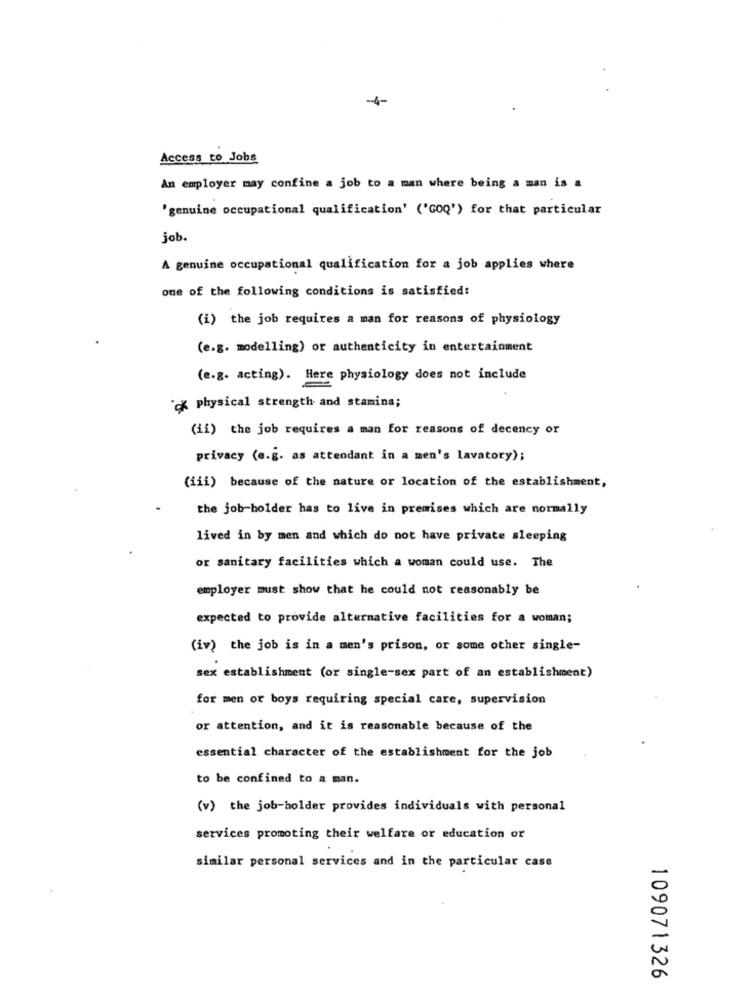
-4-
Access to Jobs
An employer may confine a job to a man where being a man is a
'genuine occupational qualification' ('GOQ') for that particular
job.
A genuine occupational qualification for a job applies where
one of the following conditions is satisfied:
(i) the job requires a man for reasons of physiology
(e.g. modelling) or authenticity in entertainment
(e.g. acting). Here physiology does not include
cx physical strength and stamina;
(ii) the job requires a man for reasons of decency or
privacy (e.g. as attendant in a men's lavatory);
(iii) because of the nature or location of the establishment,
the job-holder has to live in premises which are normally
lived in by men and which do not have private sleeping
or sanitary facilities which a woman could use. The
employer must show that he could not reasonably be
expected to provide alternative facilities for a woman;
(iv) the job is in a men's prison, or some other single-
sex establishment (or single-sex part of an establishment)
for men or boys requiring special care, supervision
or attention, and it is reasonable because of the
essential character of the establishment for the job
to be confined to a man.
(v) the job-holder provides individuals with personal
services promoting their welfare or education or
similar personal services and in the particular case
109071326